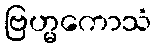
ဗြဟ္မကောသံ